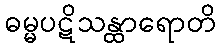
ဓမ္မပဋိသန္ထာရောတိ